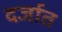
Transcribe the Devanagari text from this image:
दर्जात